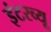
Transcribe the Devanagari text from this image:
इंटरव्‍यू